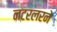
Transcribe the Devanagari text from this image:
नटरलरने